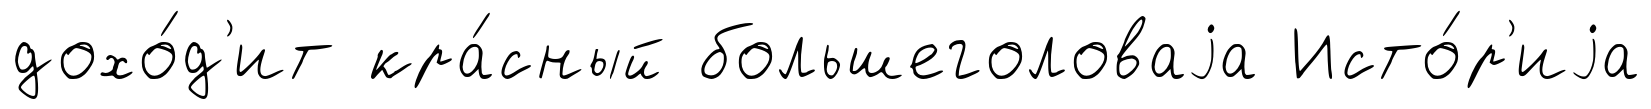
дохо́д'ит кра́сный большеголоваjа Исто́р'иjа